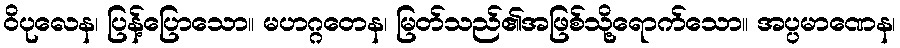
ဝိပုလေန၊ ပြန့်ပြောသော။ မဟဂ္ဂတေန၊ မြတ်သည်၏အဖြစ်သို့ရောက်သော။ အပ္ပမာဏေန၊